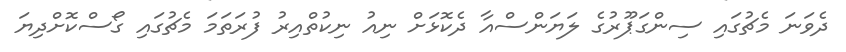
ދެވަނަ މެޗުގައި ސިންގަޕޫރުގެ ލަޔަންސްއާ ދެކޮޅަށް ނިއު ނިކުތްއިރު ފުރަތަމަ މެޗުގައި ގޯސްކޮށްދިޔަ